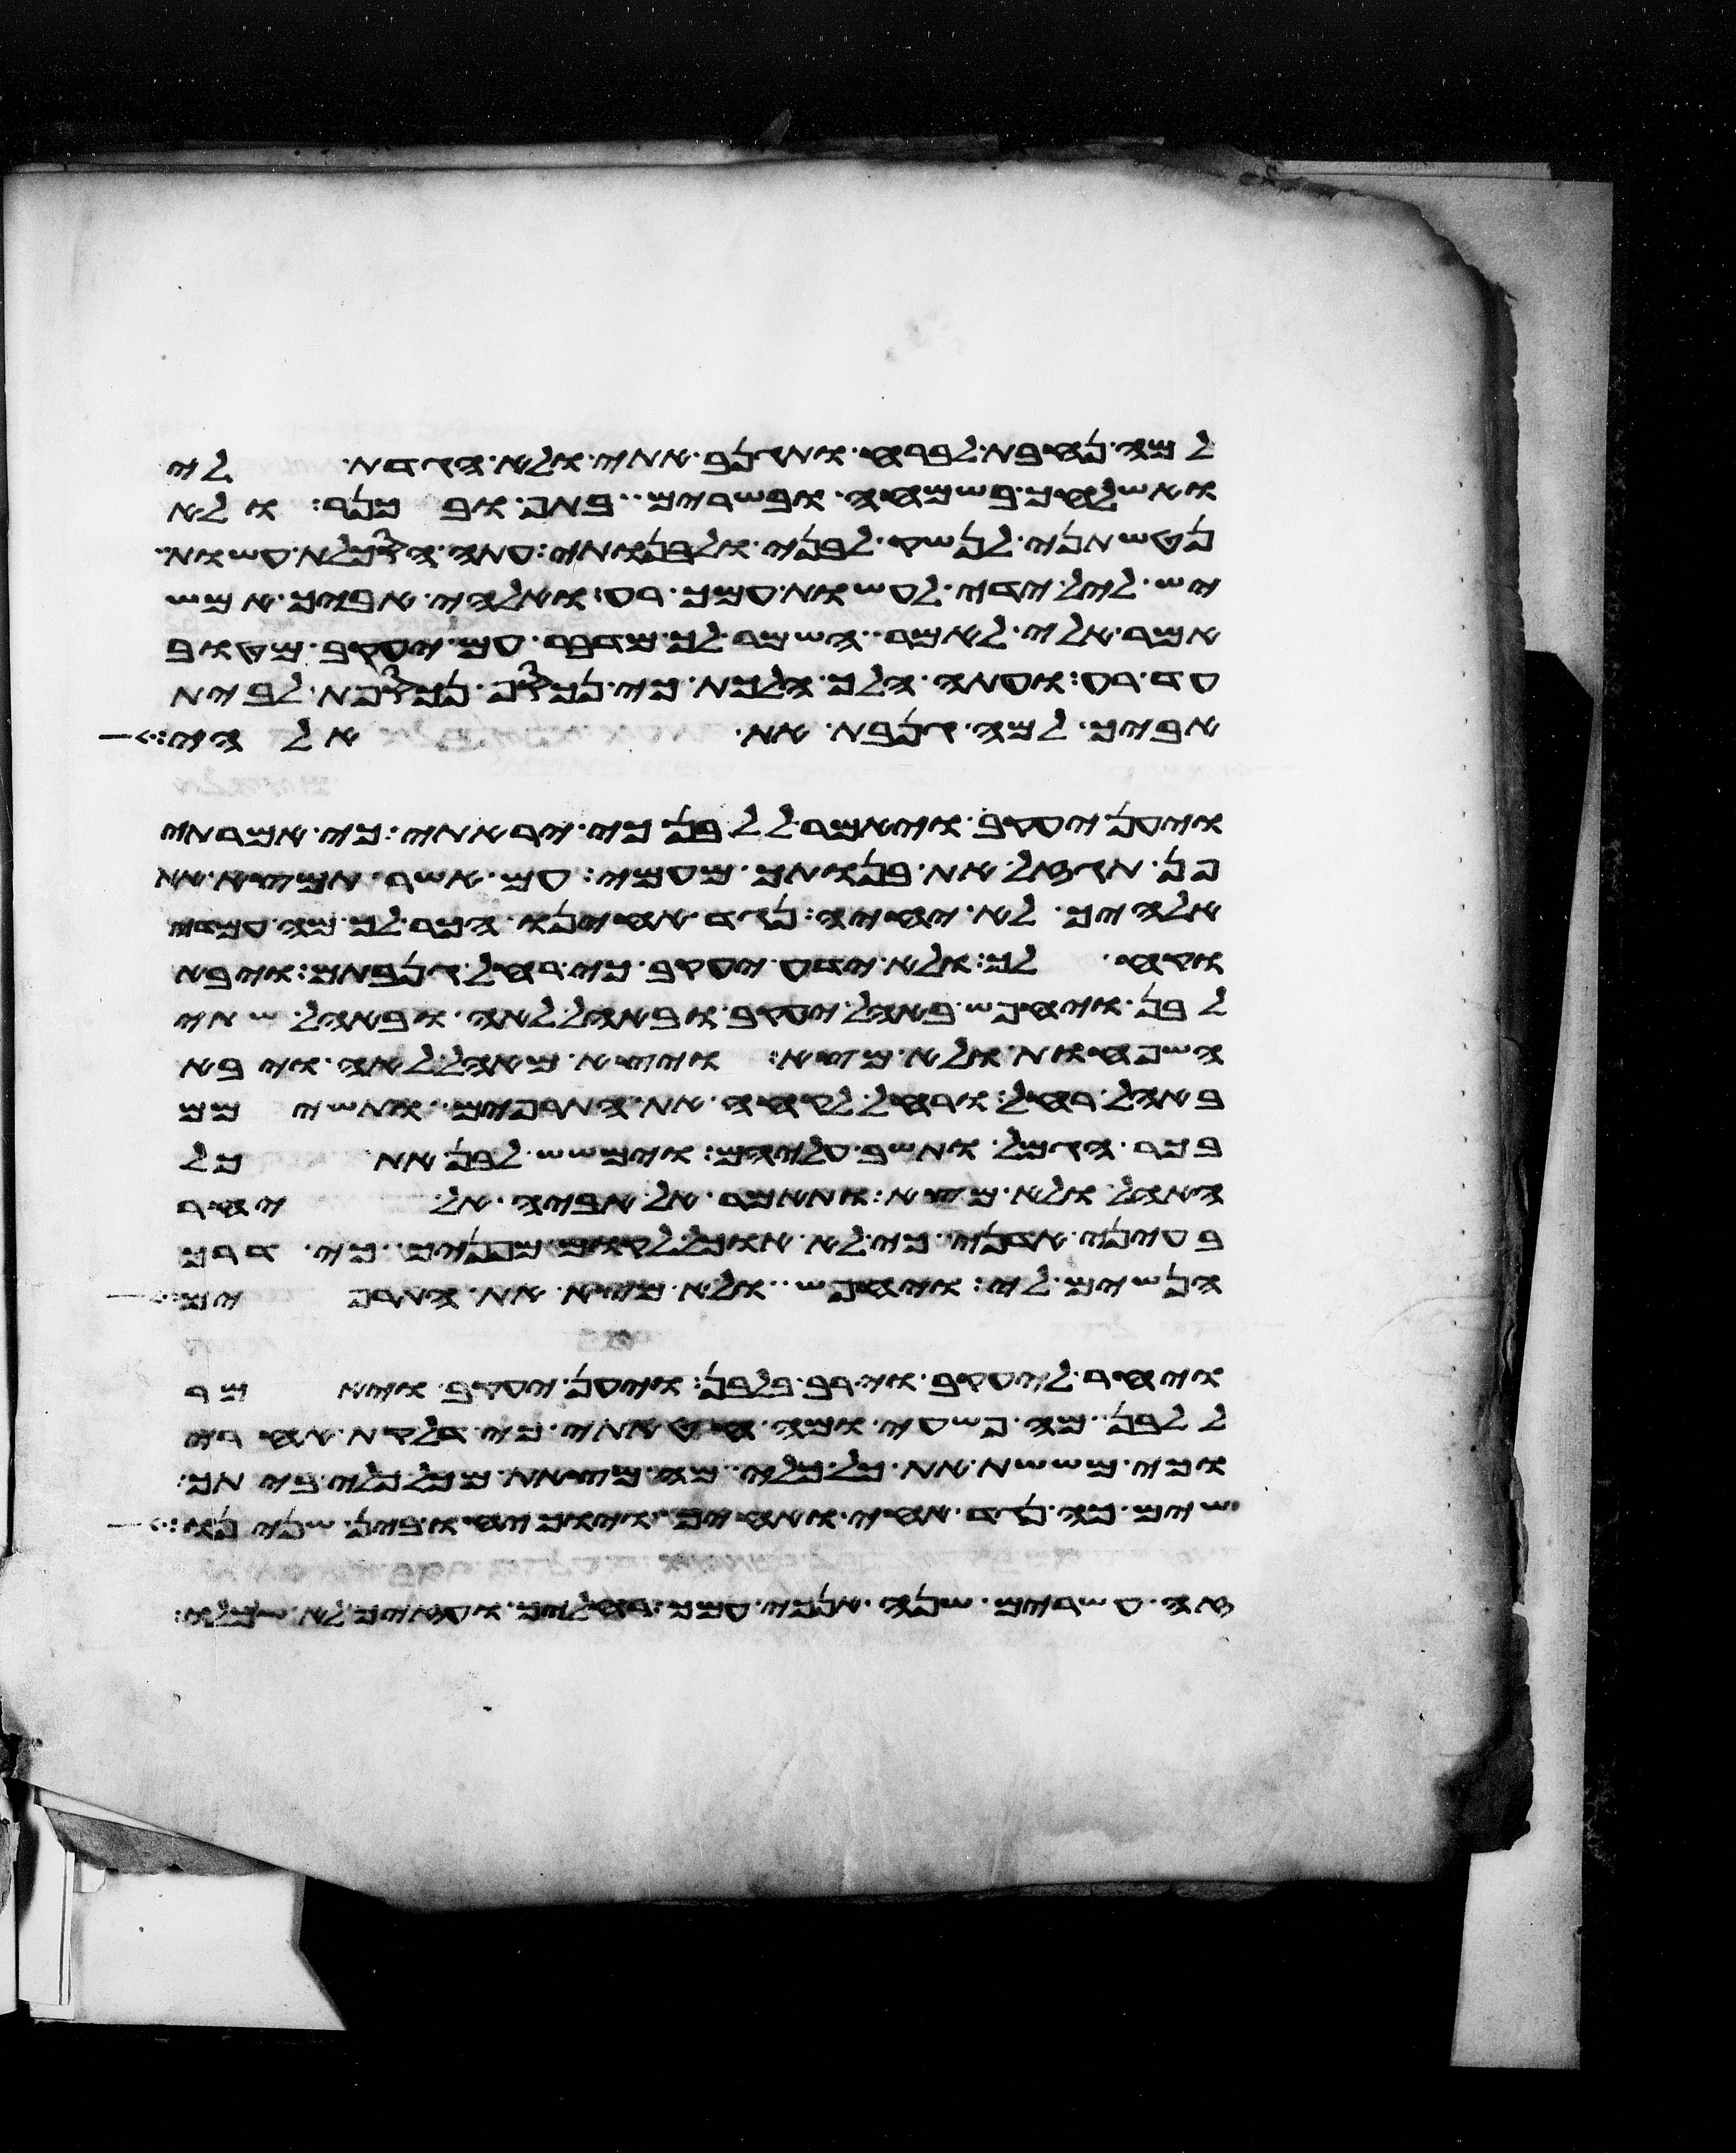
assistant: למה נחבת לברח ותגנב אתי ולא הגדת לי
ואשלחך בשמחה בשרים בתף ובכנר ולא
נטשתני לנשק לבני ולבנותי עתה הסכלת עשות
יש לאל ידי לעשות עמך רע ואלהי אביך אמש
אמר אלי לאמר השמר לך מדבר עם יעקב מטוב
עד רע ועתה הלך הלכת כי נכסף נכספת לבית
אביך למה גנבת את אלהי
ויען יעקב ויאמר ללבן כי יראתי כי אמרתי
פן תגזל את בנותך מעמי עם אשר תמצא את
אלהיך לא יחיה נגד אחינו הכר לך מה עמדי
וקח לך ולא ידע יעקב כי רחל גנבתם ויבא
לבן ויחפש באהל יעקב ובאהל לאה ובאהל שתי
השפחות ולא מצא ויצא מאהל לאה ויבא
באהל רחל ורחל לקחה את התרפים ותשימם
בכר הגמל ותשב עליהם וימשש לבן את כל
האהל ולא מצא ותאמר אל אביה אל יחר
בעיני אדני כי לא אוכל לקום מפניך כי דרך
הנשים לי ויחפש ולא מצא את התרפים
ויחר ליעקב וירב בלבן ויען יעקב ויאמר
ללבן מה פשעי ומה חטאתי כי דלקת אחרי
וכי מששת את כל כלי מה מצאת מכל כלי ביתך
שים כה נגד אחי ואחיך ויוכיחו בין שנינו
זה עשרים שנה אנכי עמך רחליך ועזיך לא שכלו